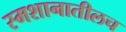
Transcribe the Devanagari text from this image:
स्मशानातीलच